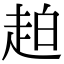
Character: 䞟